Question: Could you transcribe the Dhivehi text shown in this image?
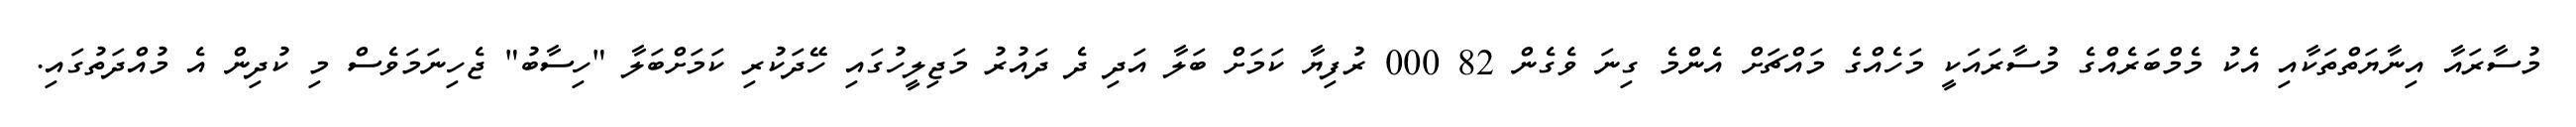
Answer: މުސާރައާ އިނާޔަތްތަކާއި އެކު މެމްބަރެއްގެ މުސާރައަކީ މަހެއްގެ މައްޗަށް އެންމެ ގިނަ ވެގެން 82 000 ރުފިޔާ ކަމަށް ބަލާ އަދި ދެ ދައުރު މަޖިލީހުގައި ހޭދަކުރި ކަމަށްބަލާ "ހިސާބު" ޖެހިނަމަވެސް މި ކުދިން އެ މުއްދަތުގައި.